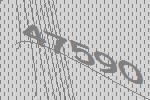
47590